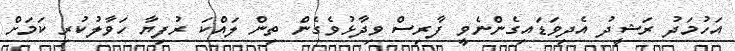
އަހުމަދު ރަޝީދު އެދިވަޑައިގެންނެވީ ފާރިސް ވިދާޅުވެގެން ތިން ލައްކަ ރުފިޔާ ހަވާލުކުރި ކަމަށް